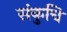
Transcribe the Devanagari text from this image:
संकुचि